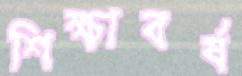
শিক্ষাবর্ষ